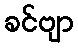
ခင်ဗျာ